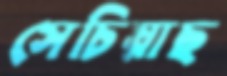
সেচিয়াছ